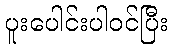
ပူးပေါင်းပါဝင်ပြီး